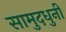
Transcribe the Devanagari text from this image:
सामुदधुनी